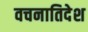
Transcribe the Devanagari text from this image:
वचनातिदेश